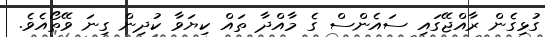
ގުޅިގެން ރާއްޖޭގައި ސައެންސް ގެ މާއްދާ ތައް ކިޔަވާ ކުދިން ގިނަ ވޭތޯއެވެ.